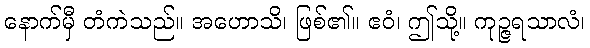
နောက်မှီ တံကဲသည်။ အဟောသိ၊ ဖြစ်၏။ ဧဝံ၊ ဤသို့။ ကုဉ္ဇရသာလံ၊